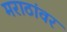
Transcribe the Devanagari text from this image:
मराठांवर